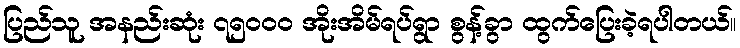
ပြည်သူ အနည်းဆုံး ၇၅၀၀၀ အိုးအိမ်ရပ်ရွာ စွန့်ခွာ ထွက်ပြေးခဲ့ရပါတယ်။